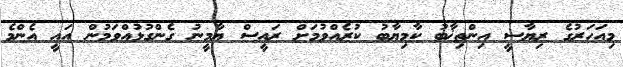
މިއަހަރުގެ ރިޔާސީ އިންތިޚާބު ކާމިޔާބު ކުރެއްވުމަށް ރައީސް ޔާމީނު ގެންގުޅުއްވަމުން އައީ އެންމެ